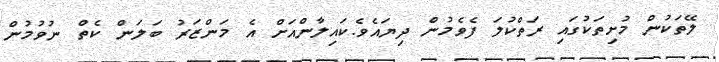
ލޭތަކުން މުށިތަކުގައި ރަތްކުލަ ފެވެމުން ދިޔައެވެ.ކައިލާންއަށް އެ މަންޒަރު ބަލަން ކެތް ނުވުމުން